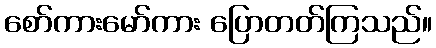
စော်ကားမော်ကား ပြောတတ်ကြသည်။